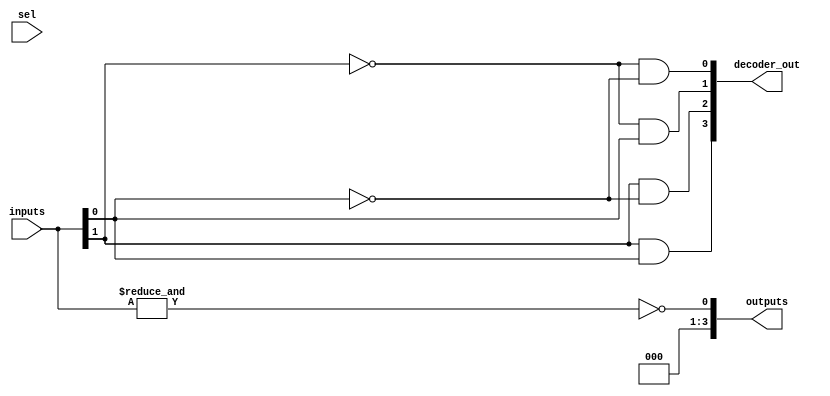
module CombinationalLogicBlocks #(
    parameter NUM_INPUTS = 4, // Configurable number of inputs (2 to 16)
    parameter FUNCTION_SEL = 3 // Function selection: 0=AND, 1=OR, 2=NOT, 3=NAND, 4=NOR, 5=XOR, 6=MUX, 7=DECODER
)(
    input  wire [NUM_INPUTS-1:0] inputs, // Input signals
    input  wire [NUM_INPUTS-1:0] sel,     // Multiplexer select lines (for MUX function)
    output wire [NUM_INPUTS-1:0] outputs,  // Output signals
    output wire [NUM_INPUTS-1:0] decoder_out // Decoder outputs (for DECODER function)
);

// Internal signals
wire and_out, or_out, not_out, nand_out, nor_out, xor_out;
wire mux_out;

// Basic Logic Gates
assign and_out = &inputs; // AND
assign or_out = |inputs;  // OR
assign not_out = ~inputs[0]; // NOT (only first input)
assign nand_out = ~(and_out); // NAND
assign nor_out = ~(or_out); // NOR
assign xor_out = ^inputs; // XOR

// 2-to-1 Multiplexer
assign mux_out = sel[0] ? inputs[1] : inputs[0];

// 2-to-4 Decoder
assign decoder_out[0] = ~inputs[1] & ~inputs[0];
assign decoder_out[1] = ~inputs[1] & inputs[0];
assign decoder_out[2] = inputs[1] & ~inputs[0];
assign decoder_out[3] = inputs[1] & inputs[0];

// Output logic based on function selection
always @(*) begin
    case (FUNCTION_SEL)
        3'b000: outputs = {NUM_INPUTS-1{1'b0}} | and_out;   // AND
        3'b001: outputs = {NUM_INPUTS-1{1'b0}} | or_out;    // OR
        3'b010: outputs = {NUM_INPUTS-1{1'b0}} | not_out;   // NOT
        3'b011: outputs = {NUM_INPUTS-1{1'b0}} | nand_out;  // NAND
        3'b100: outputs = {NUM_INPUTS-1{1'b0}} | nor_out;   // NOR
        3'b101: outputs = {NUM_INPUTS-1{1'b0}} | xor_out;   // XOR
        3'b110: outputs = {NUM_INPUTS-1{1'b0}} | mux_out;    // MUX
        3'b111: outputs = decoder_out;                       // DECODER
        default: outputs = {NUM_INPUTS{1'b0}};               // Default case
    endcase
end

endmodule